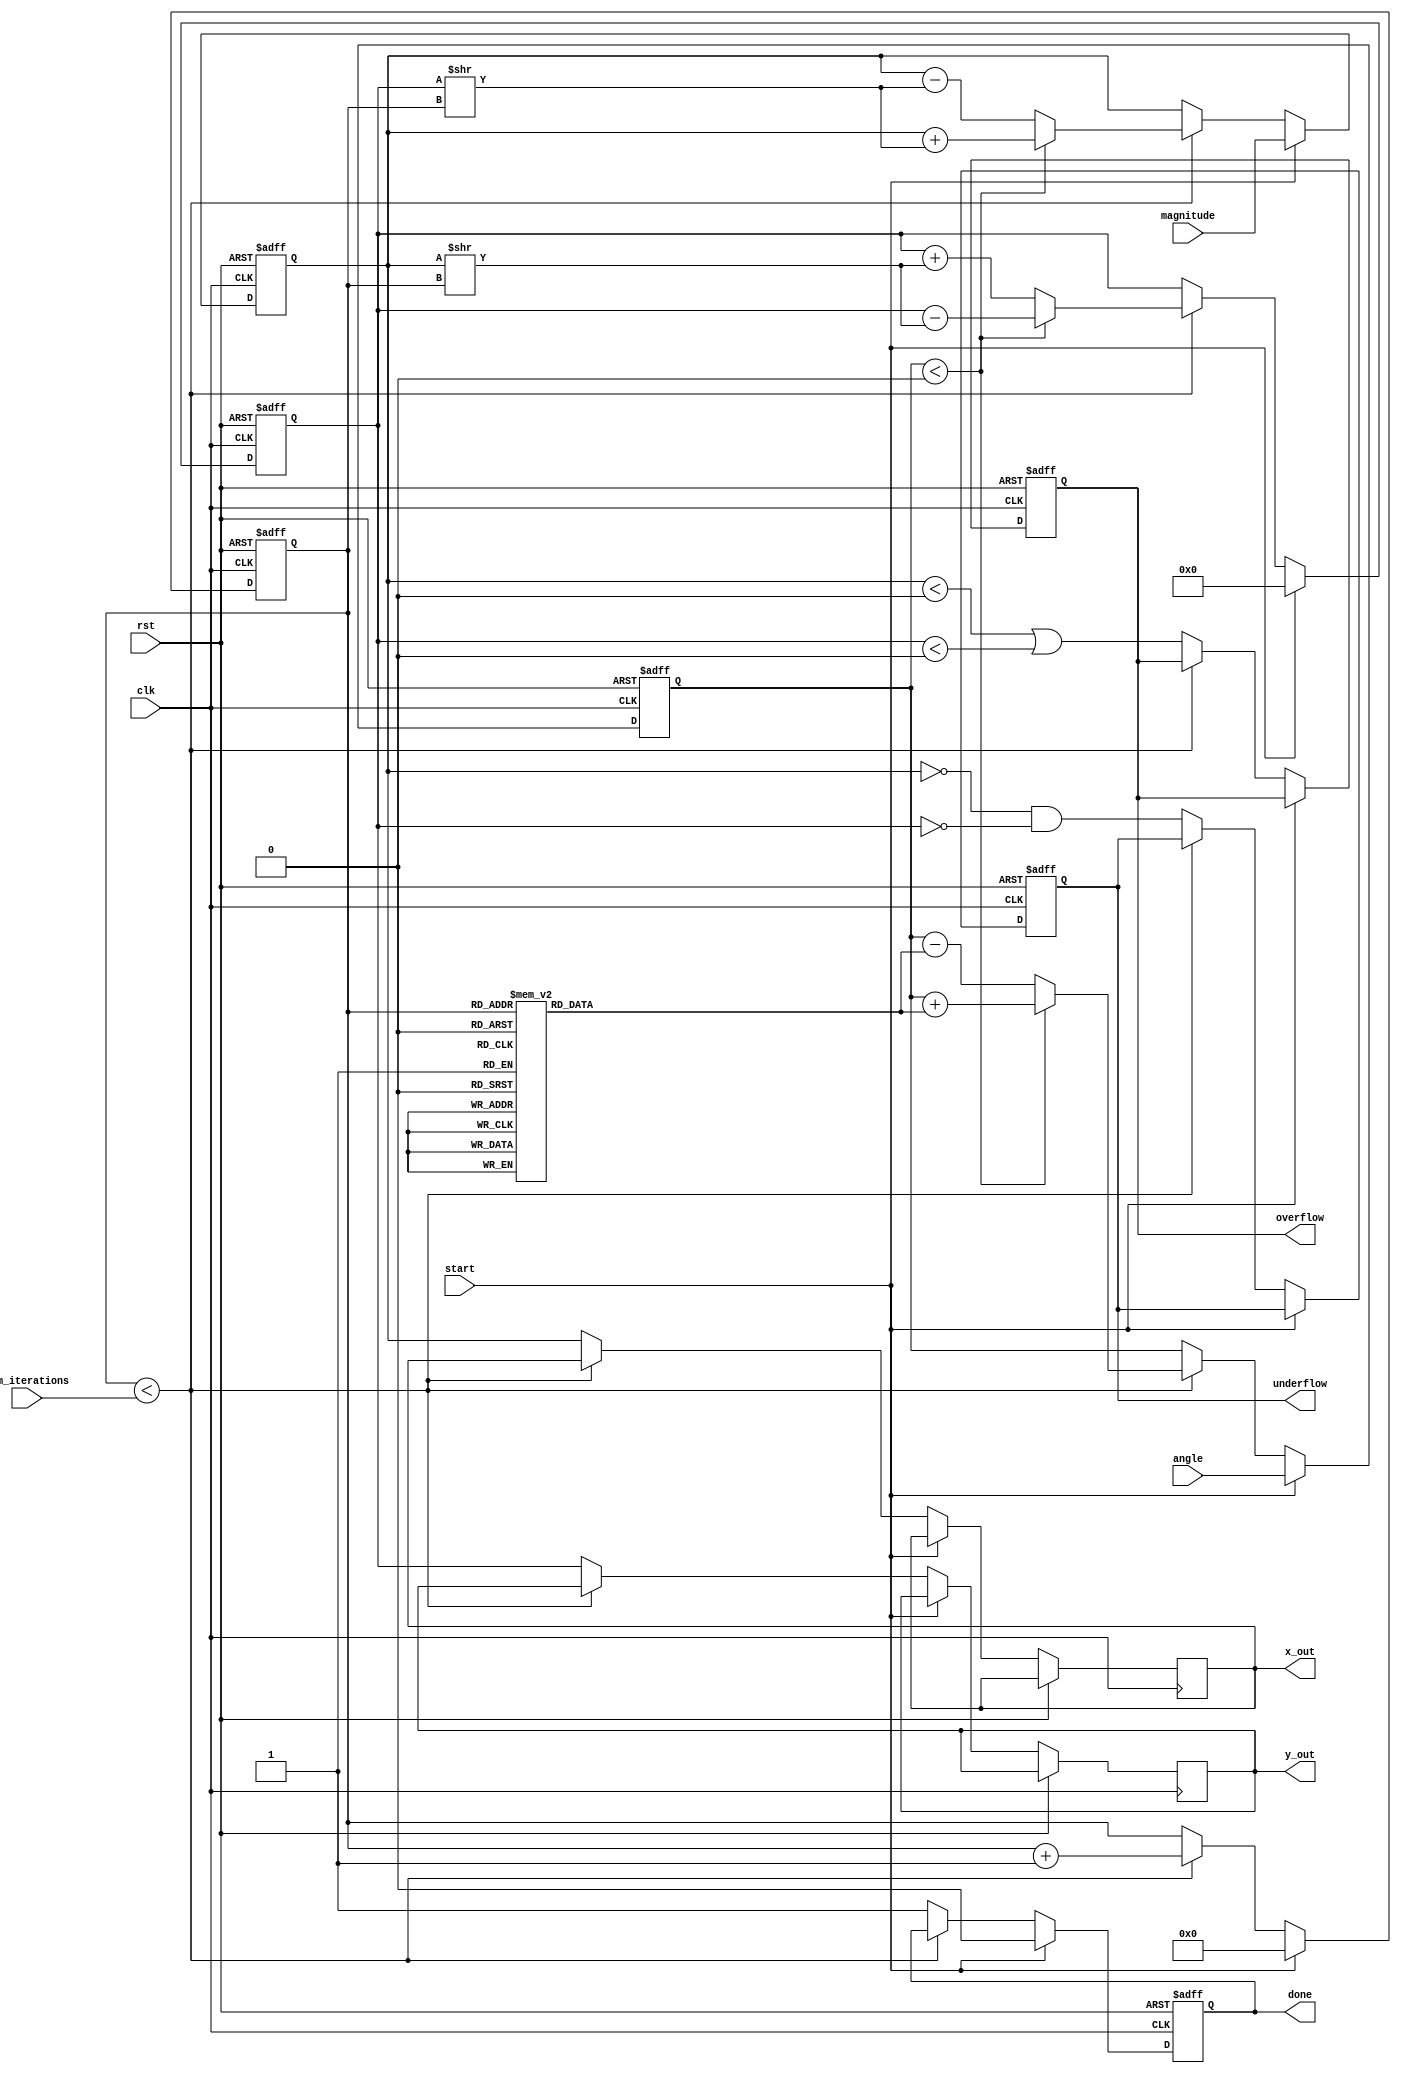
module cordic(
    input clk,
    input rst,
    input start,
    input [15:0] angle,     // Input angle in fixed-point format
    input [15:0] magnitude,  // Input magnitude (for vectoring)
    input [3:0] num_iterations, // Number of iterations for precision control
    output reg [15:0] x_out, // Output x coordinate (cosine)
    output reg [15:0] y_out, // Output y coordinate (sine)
    output reg done,        // Done flag
    output reg overflow,    // Overflow flag
    output reg underflow    // Underflow flag
);
    
    // Internal registers
    reg [15:0] x, y, z;     // x, y coordinates and angle
    reg [3:0] count;        // Iteration counter
    reg [15:0] atan_lut [0:15]; // Lookup table for atan values (fixed-point)

    // Initialize the arctangent lookup table
    initial begin
        atan_lut[0] = 16'h0000; // atan(2^0) = 0
        atan_lut[1] = 16'h3243; // atan(2^-1)
        atan_lut[2] = 16'h1DAC; // atan(2^-2)
        atan_lut[3] = 16'h1C71; // atan(2^-3)
        atan_lut[4] = 16'h1A62; // atan(2^-4)
        atan_lut[5] = 16'h18F5; // atan(2^-5)
        atan_lut[6] = 16'h17D8; // atan(2^-6)
        atan_lut[7] = 16'h16C9; // atan(2^-7)
        atan_lut[8] = 16'h15B8; // atan(2^-8)
        atan_lut[9] = 16'h14B4; // atan(2^-9)
        atan_lut[10] = 16'h13B3; // atan(2^-10)
        atan_lut[11] = 16'h12B5; // atan(2^-11)
        atan_lut[12] = 16'h11BA; // atan(2^-12)
        atan_lut[13] = 16'h10C1; // atan(2^-13)
        atan_lut[14] = 16'h0FCD; // atan(2^-14)
        atan_lut[15] = 16'h0ED5; // atan(2^-15)
    end

    always @(posedge clk or posedge rst) begin
        if (rst) begin
            x <= 0;
            y <= 0;
            z <= 0;
            count <= 0;
            done <= 0;
            overflow <= 0;
            underflow <= 0;
        end else if (start) begin
            // Initialize the CORDIC process
            x <= magnitude;
            y <= 0;
            z <= angle;
            count <= 0;
            done <= 0;
        end else if (count < num_iterations) begin
            // CORDIC iteration
            if (z < 0) begin
                x <= x + (y >> count);
                y <= y - (x >> count);
                z <= z + atan_lut[count];
            end else begin
                x <= x - (y >> count);
                y <= y + (x >> count);
                z <= z - atan_lut[count];
            end
            count <= count + 1;
        end else begin
            // Final output assignment after last iteration
            x_out <= x;
            y_out <= y;
            done <= 1;
            overflow <= (x < 0 || y < 0); // Simple overflow check
            underflow <= (x == 0 && y == 0); // Simple underflow check
        end
    end
endmodule